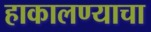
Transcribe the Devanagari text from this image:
हाकालण्याचा